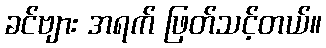
ခင်ဗျား အရက် ဖြတ်သင့်တယ်။